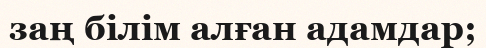
заң бiлiм алған адамдар;